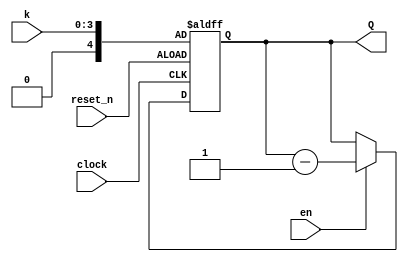
module counter_modk (k,clock,en,reset_n,Q);
parameter n = 5;  
input clock, reset_n,en;
input [3:0] k;
output [n-1:0] Q;
reg [n-1:0] Q;
always @(posedge clock or negedge reset_n)
	begin
		if (~reset_n)
		Q <= k;
	else if(en) begin
		Q <=Q - 1'b1;
		if (Q==-'d1)
		Q <= k;
	end
	else
		Q<=Q;
	end
endmodule